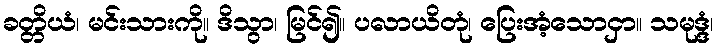
ခတ္တိယံ၊ မင်းသားကို။ ဒိသွာ၊ မြင်၍။ ပလာယိတုံ၊ ပြေးအံ့သောငှာ။ သမုဒ္ဒံ၊